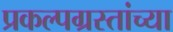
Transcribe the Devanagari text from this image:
प्रकल्पग्रस्तांच्या